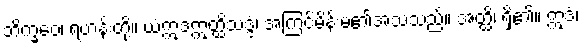
ဘိက္ခဝေ၊ ရဟန်းတို့။ ယံဣဒံဣတ္ထိသဒ္ဒံ၊ အကြင်မိန်းမ၏အသံသည်။ အတ္ထိ၊ ရှိ၏။ ဣဒံ၊